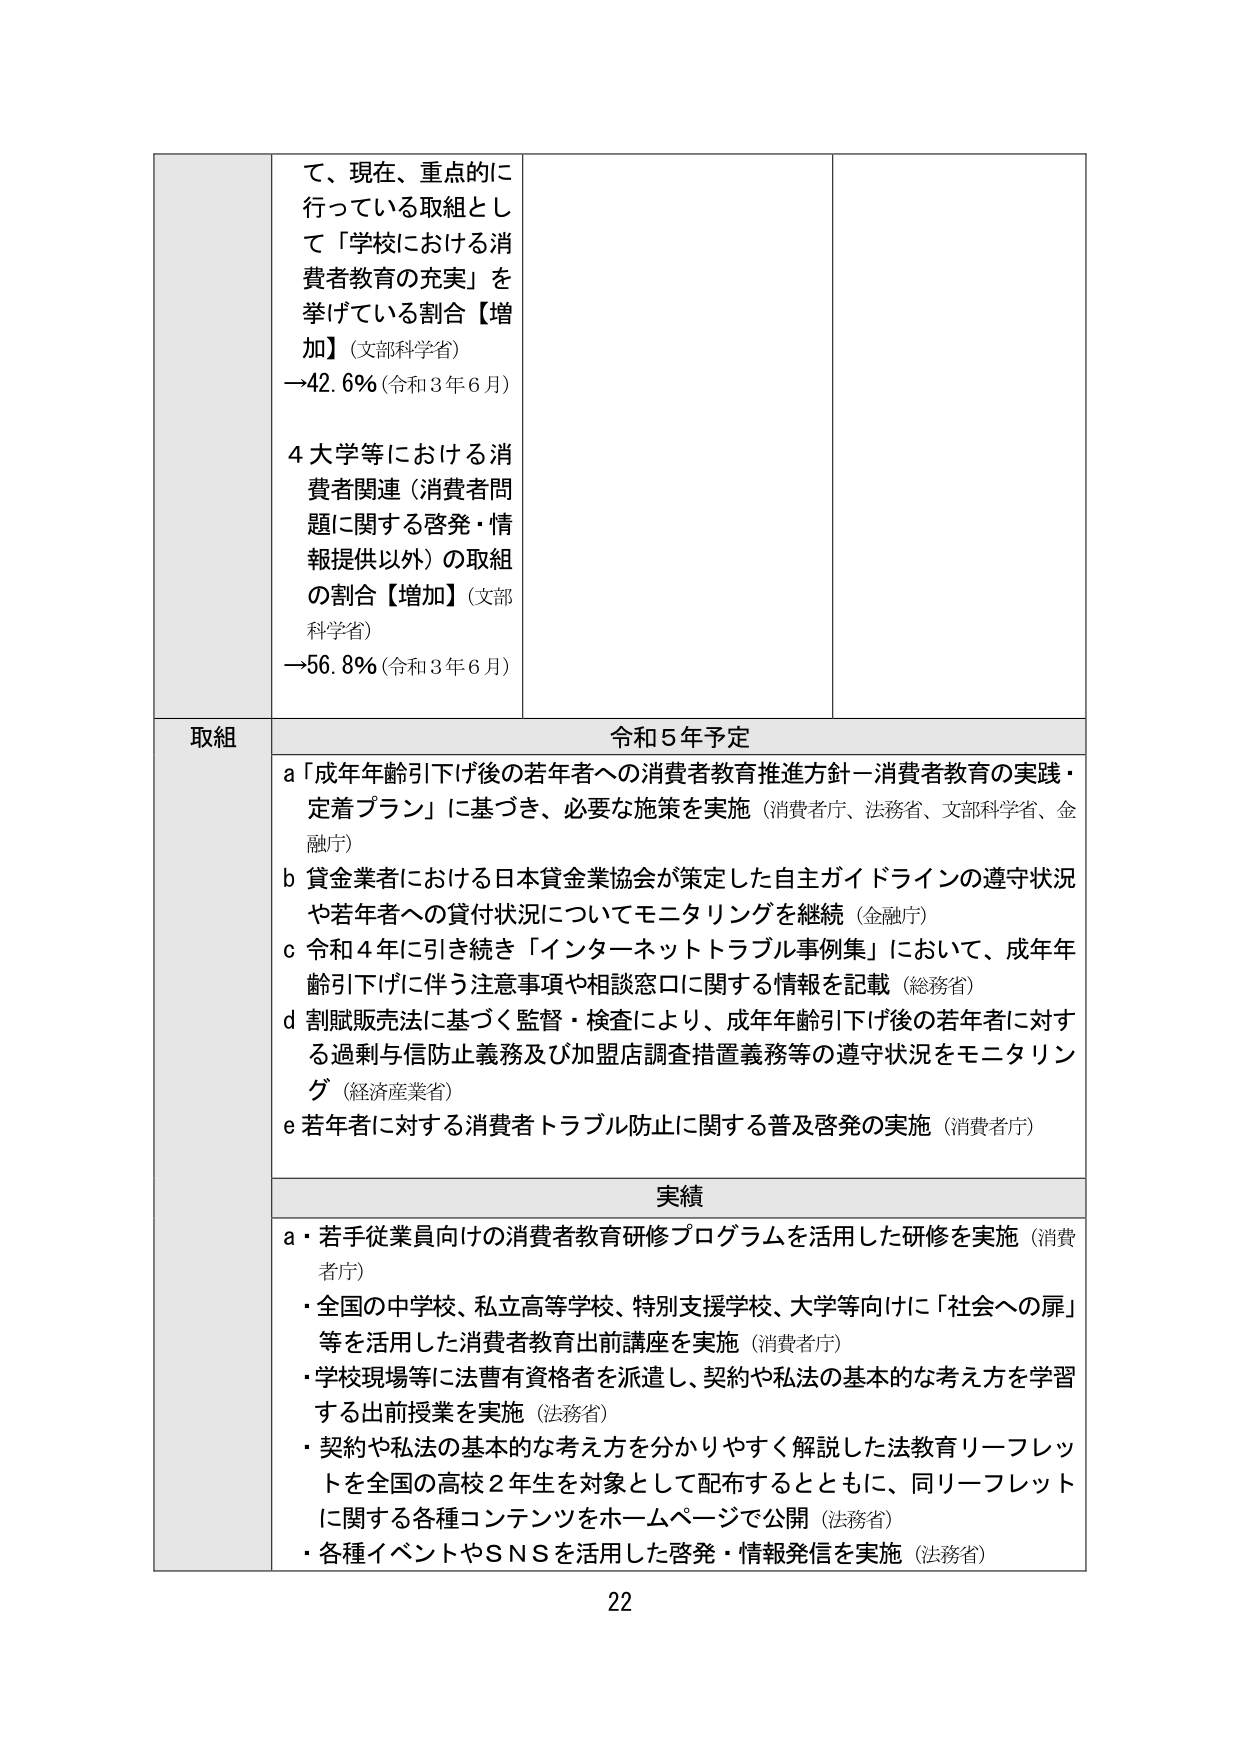
て、現在、重点的に
行っている取組として「学校における消費者教育の充実」を
挙げている割合【増加】（文部科学省）
→42.6%（令和3年6月）
4大学等における消費者関連（消費者問題に関する啓発・情報提供以外）の取組
の割合【増加】（文部科学省）
→56.8%（令和3年6月）

取組
令和5年予定
a「成年年齢引下げ後の若年者への消費者教育推進方針－消費者教育の実践・定着プラン」に基づき、必要な施策を実施（消費者庁、法務省、文部科学省、金融庁）
b貸金業者における日本貸金業協会が策定した自主ガイドラインの遵守状況や若年者への貸付状況についてモニタリングを継続（金融庁）
c令和4年に引き続き「インターネットトラブル事例集」において、成年年齢引下げに伴う注意事項や相談窓口に関する情報を記載（総務省）
d割賦販売法に基づく監督・検査により、成年年齢引下げ後の若年者に対する過剰与信防止義務及び加盟店調査措置義務等の遵守状況をモニタリング（経済産業省）
e若年者に対する消費者トラブル防止に関する普及啓発の実施（消費者庁）

実績
a・若手従業員向けの消費者教育研修プログラムを活用した研修を実施（消費者庁）
・全国の中学校、私立高等学校、特別支援学校、大学等向けに「社会への扉」等を活用した消費者教育出前講座を実施（消費者庁）
・学校現場等に法曹有資格者を派遣し、契約や私法の基本的な考え方を学習する出前授業を実施（法務省）
・契約や私法の基本的な考え方を分かりやすく解説した法教育リーフレットを全国の高校2年生を対象として配布するとともに、同リーフレットに関する各種コンテンツをホームページで公開（法務省）
・各種イベントやSNSを活用した啓発・情報発信を実施（法務省）

22